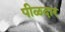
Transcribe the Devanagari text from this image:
पीळदार